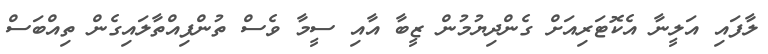
ލާފައި އަލީނާ އެކޮޓަރިއަށް ގެންދިޔުމުން ޒީބާ އާއި ސީމާ ވެސް ތުންފިއްތާލައިގެން ތިއްބަސް